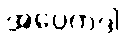
အပ္ပေကဒါ